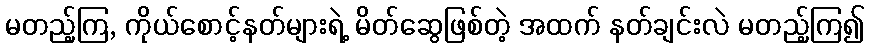
မတည့်ကြ, ကိုယ်စောင့်နတ်များရဲ့ မိတ်ဆွေဖြစ်တဲ့ အထက် နတ်ချင်းလဲ မတည့်ကြ၍